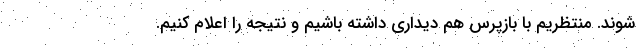
شوند. منتظریم با بازپرس هم دیداری داشته باشیم و نتیجه را اعلام کنیم.